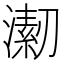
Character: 𱩇